Bréfritari: Sigríður Pálsdóttir
Viðtakandi: Páll Pálsson
Dagsetning: A-1844-11-03
Skrifað á: Síðumúla  Mýr.
Páll var bróðir Sigríðar

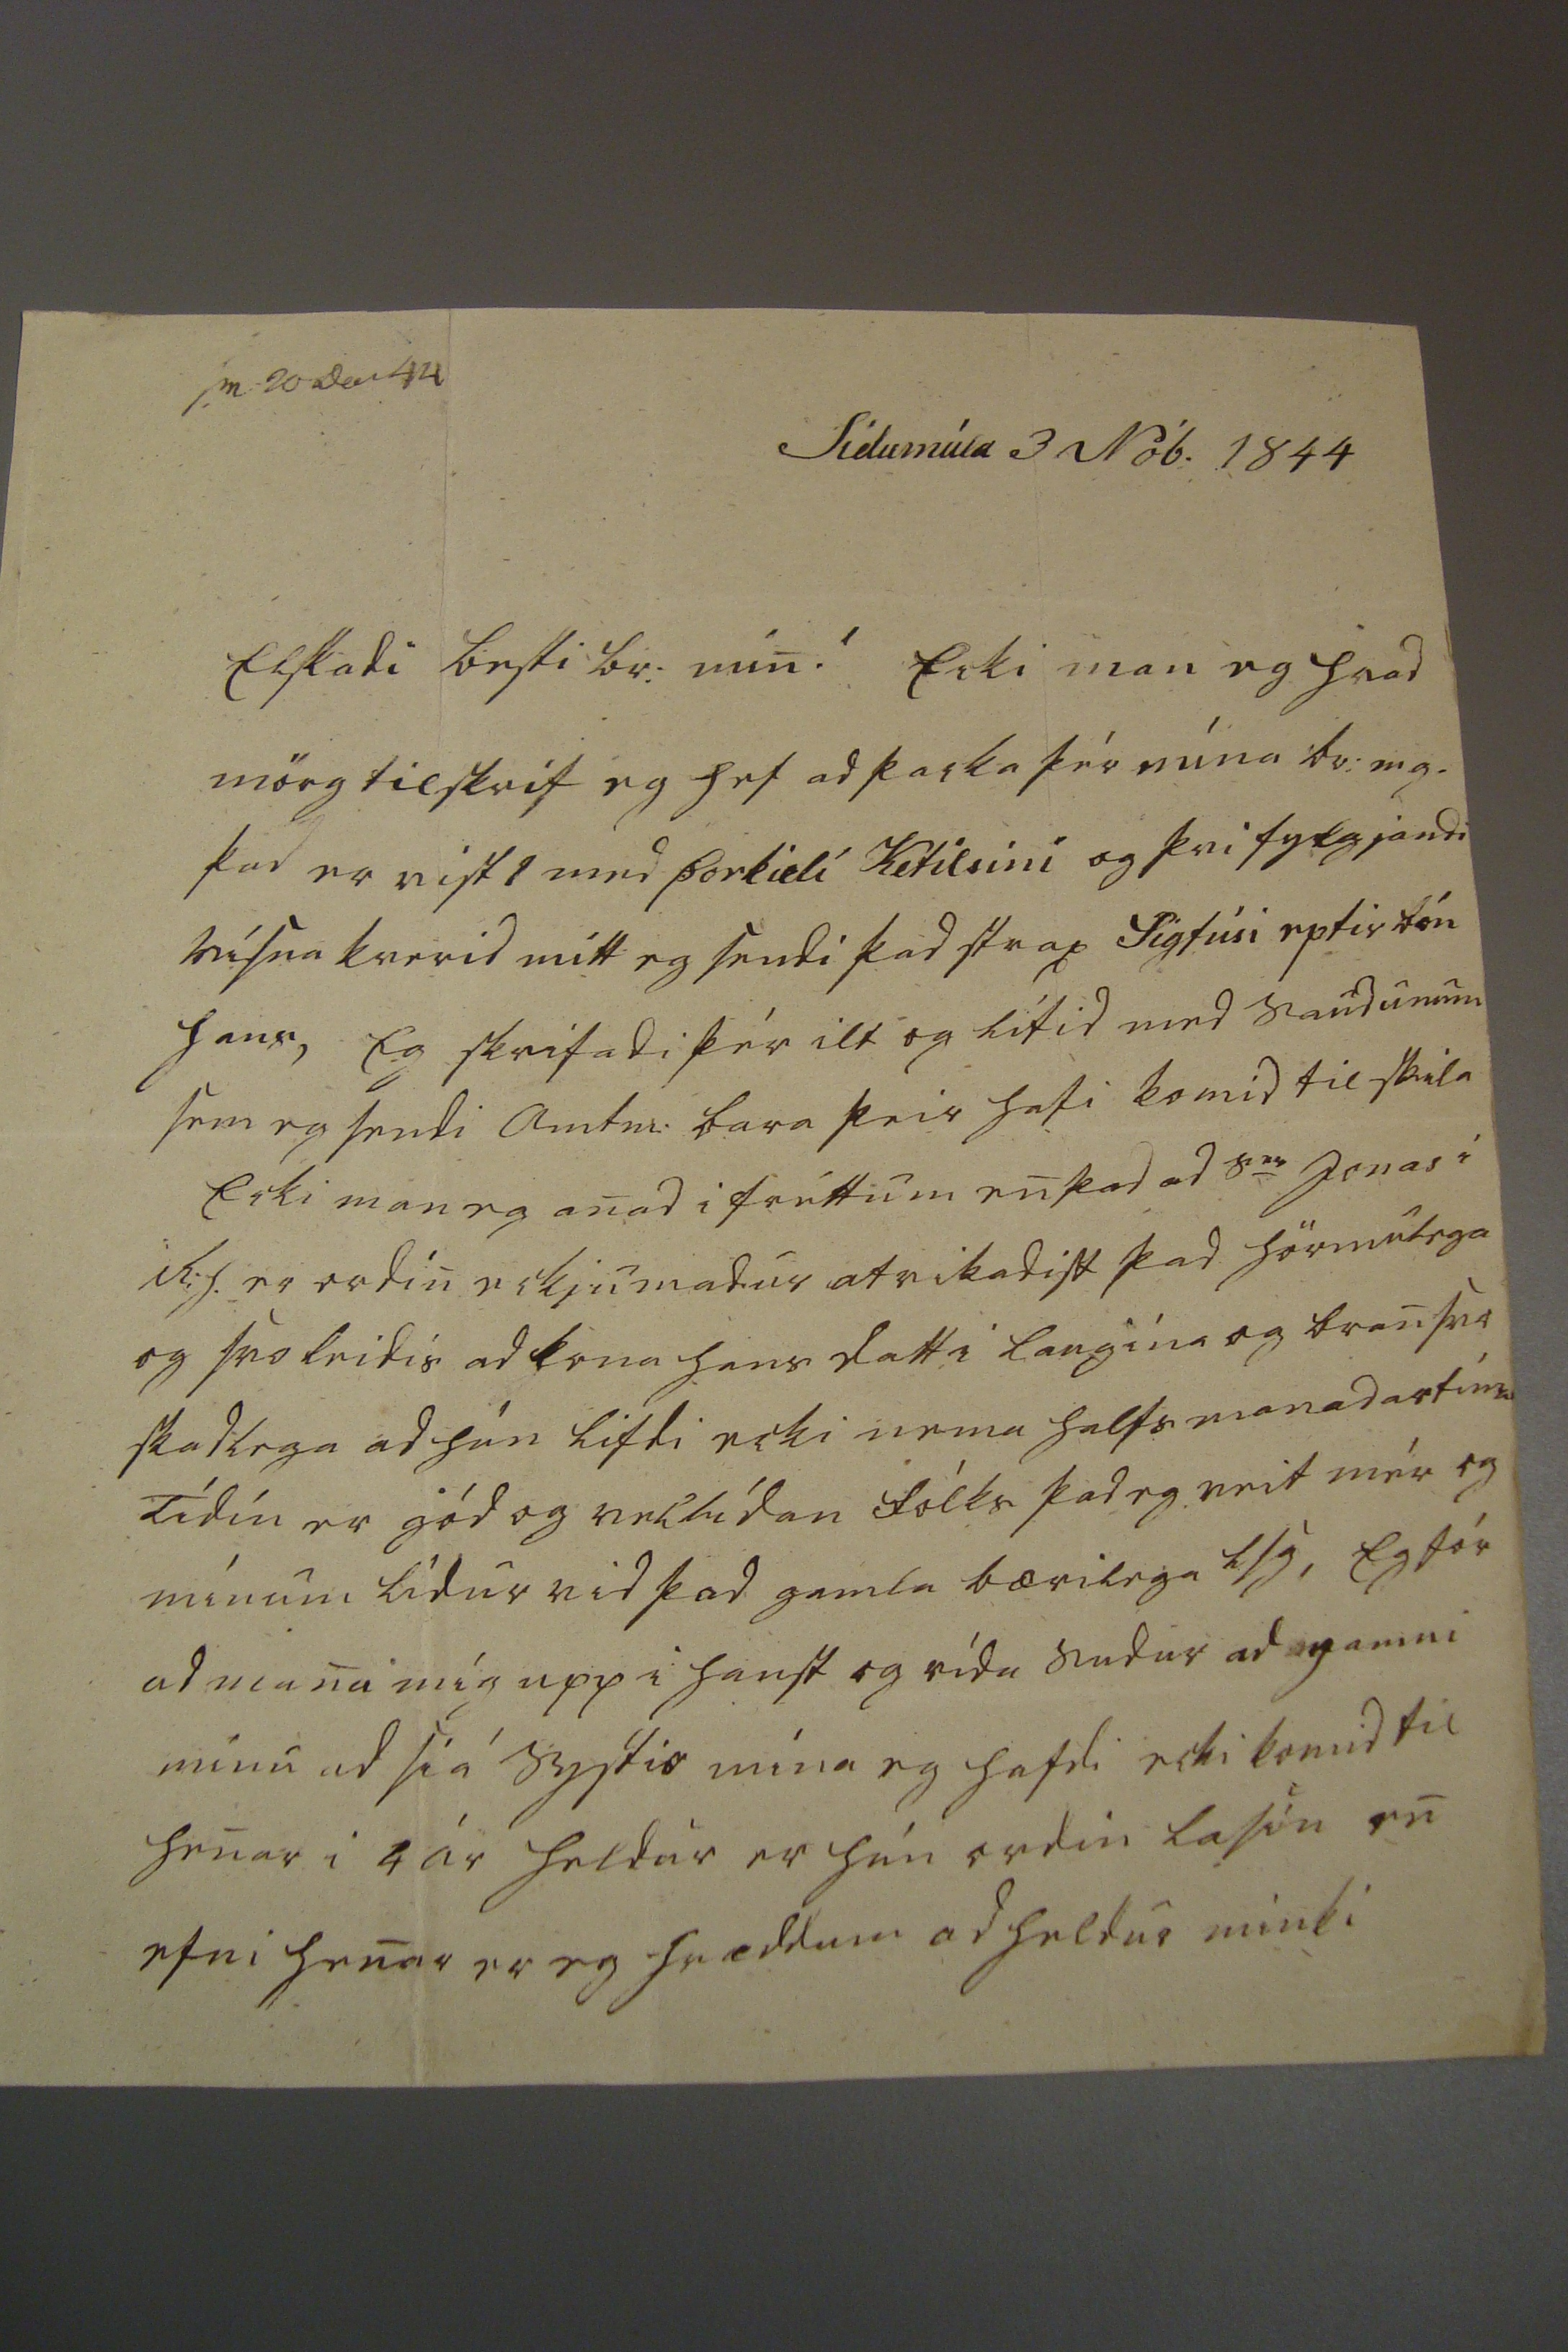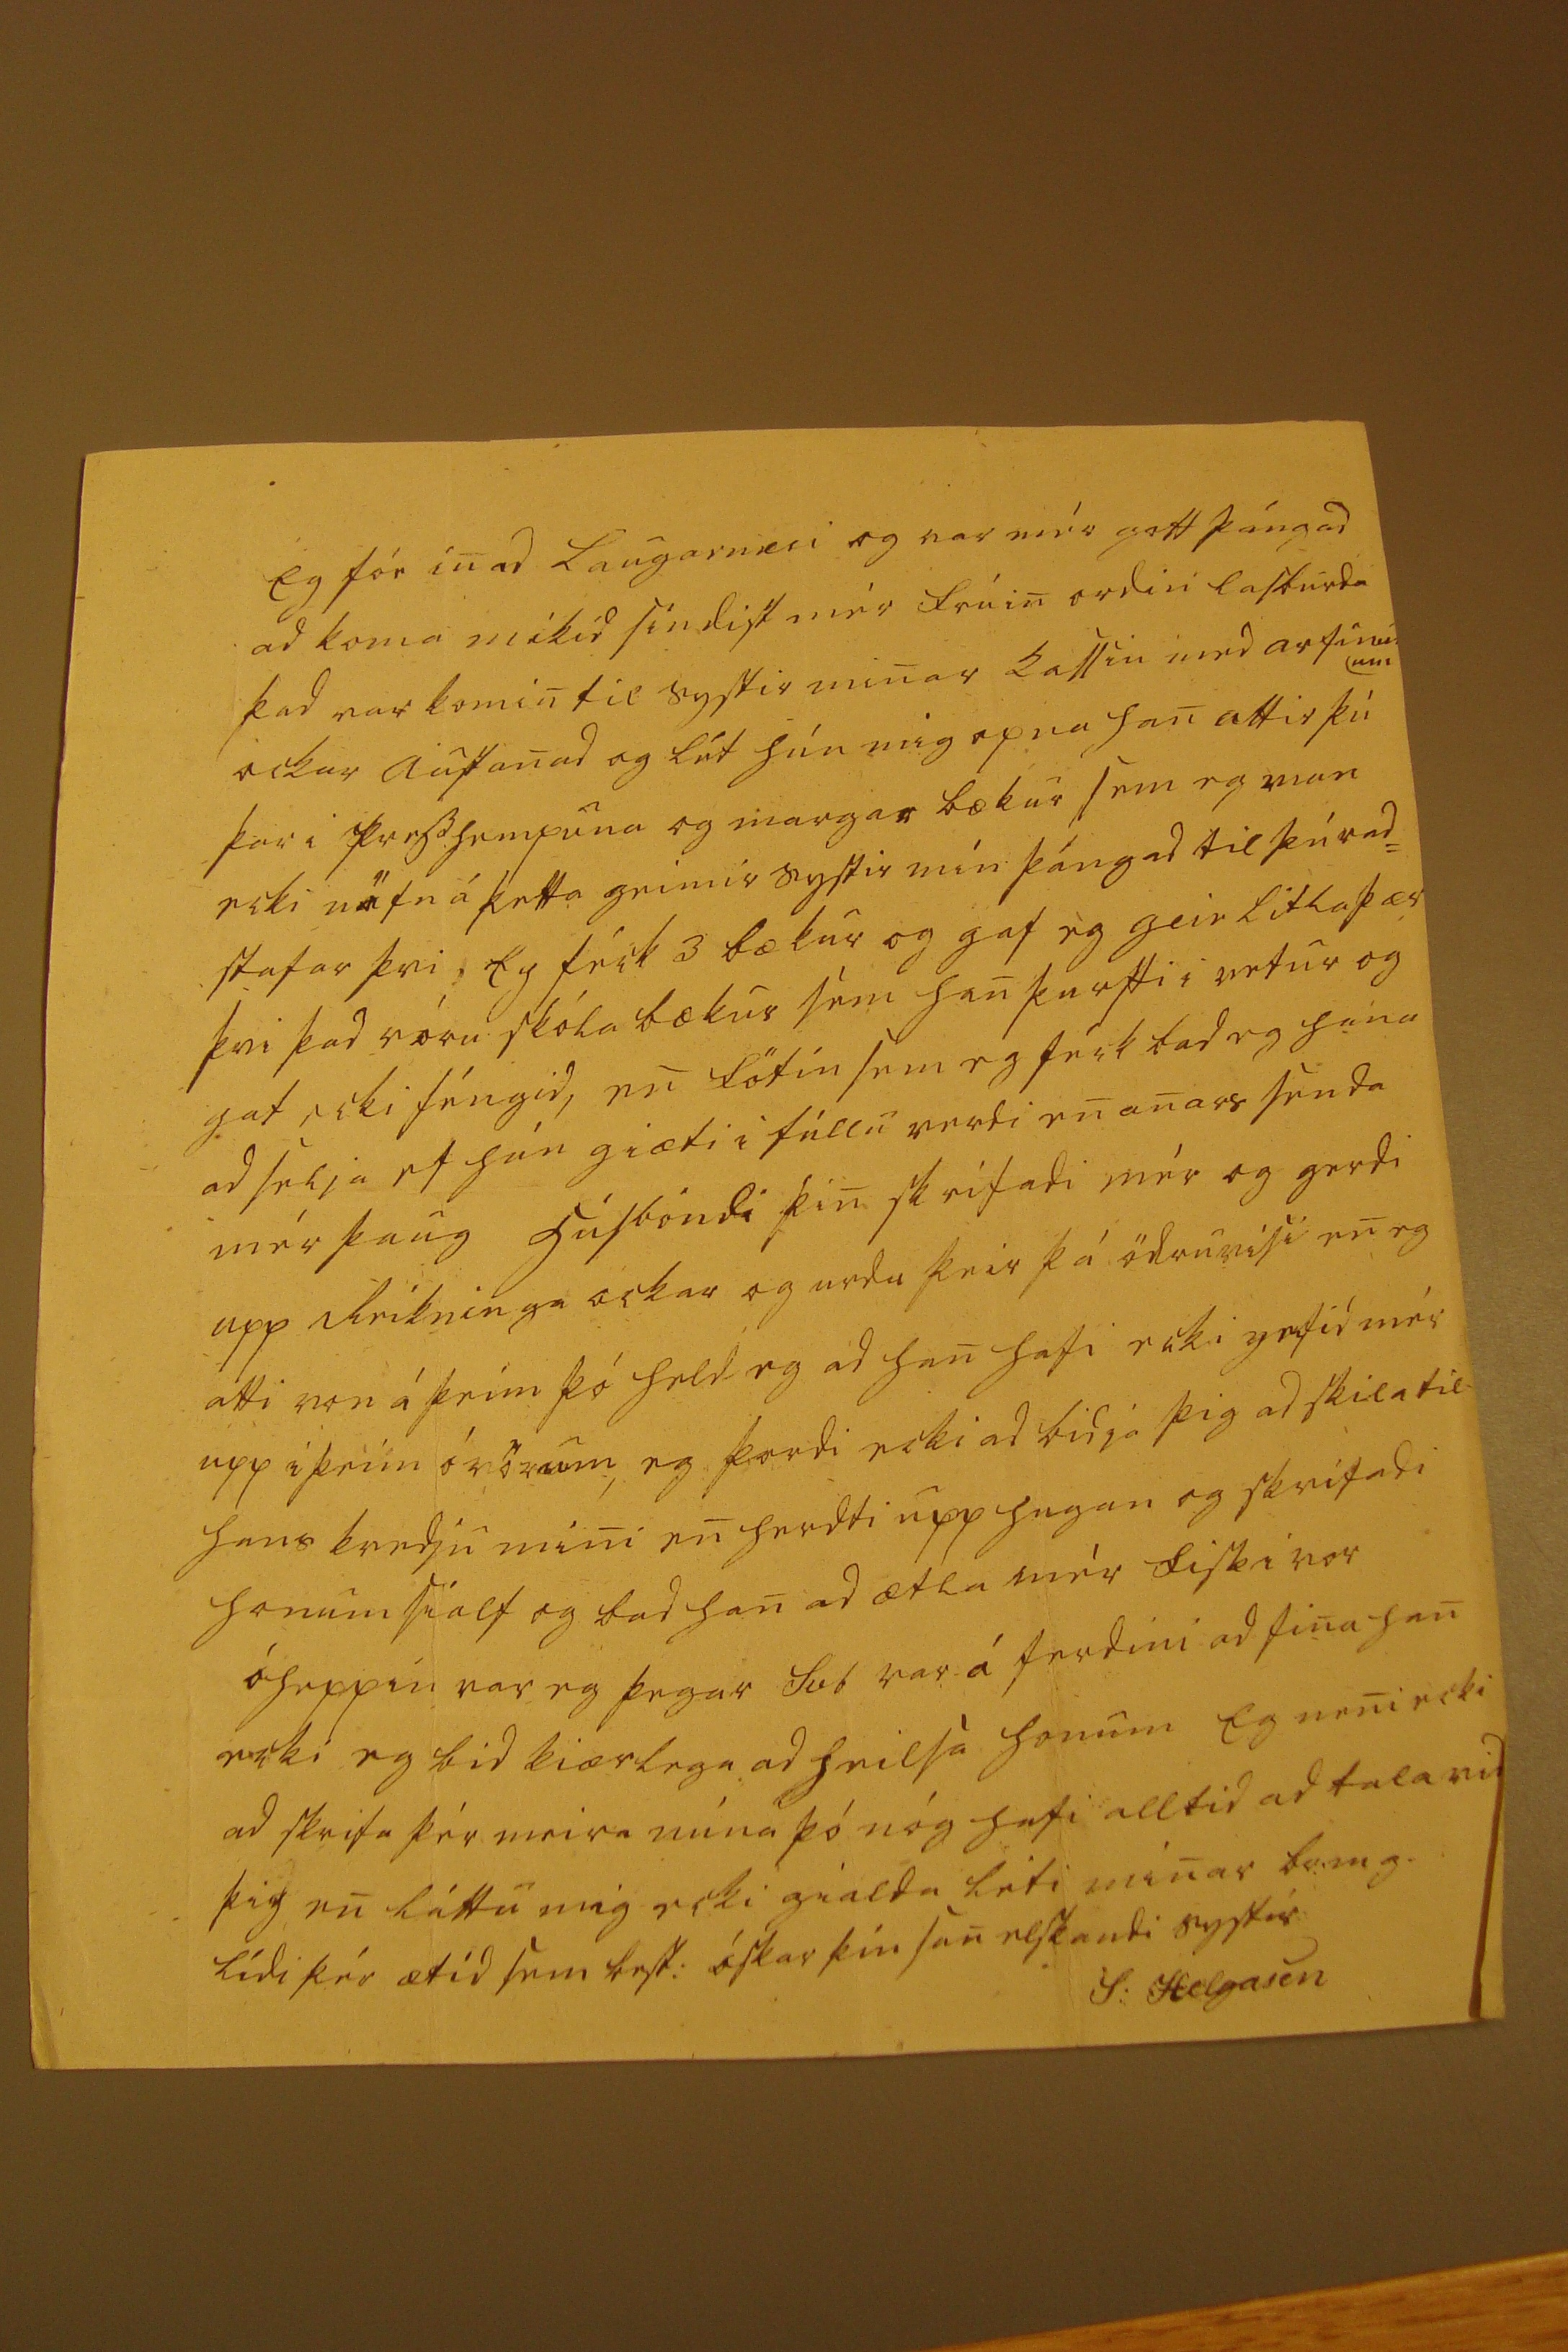

sv 20 Dec 44
Sídumúla 3 Nób. 1844
Elskadi besti br: min! Ecki man eg hvad mörg tilskrif eg hef ad þacka þér núna br:m.g. þad er vist 1 med Þorkieli Ketilsini og þvi fylgjandi vísna kverid mitt eg sendi þad strax Sigfúsi eptir bón hans, Eg skrifadi þér ilt og lítid med saudunum sem eg sendi amtm: bara þeir hafi komid til skila Ecki man eg anad i fréttum en þad ad S
er
Jonas i R:h. er ordin eckjumadur atvikadist þad hörmulega og svo leidis ad kona hans datt i laugina og bran svo skadlega ad hún lifdi ecki nema halfs manadartíma Tídin er gód og vellídan fólks þad eg veit mér og mínum lídur vid þad gamla bærilega lsg, Eg fór ad mana mig upp i haust og rída sudur ad gamni mínu ad siá systir mína eg hafdi ecki komid til henar i 4 ár heldur er hún ordin lasin en efni henar er eg hræddum ad heldur minki
Eg fór in ad Laugarnesi og var mér gott þángad ad koma mikid síndist mér frúin ordin lasburda þad var komin til systir minar kallin med arfinum ockar austanad og lét hún mig opna han attir þú þar i presshempuna og margar bækur sem eg man ecki nöfn á þetta geimir systir mín þángad til þú rad= stafar þvi, Eg féck 3 bækur og gaf eg geir litla þær þvi þad vóru skólabækur sem han þurfti i vetur og gat ecki féngid, en Fötin sem eg féck bad eg hana ad selja ef hún giæti i fúllu verdi en anars senda mér þaug húsbóndi þin skrifadi mér og gerdi upp Reikninga ockar og urdu þeir þá ödruvísi en eg atti von á þeim þó held eg ad han hafi ecki
y0fid
mér upp i þeim óvörum, eg þordi ecki ad bidja þig ad skila til hans kvedju mini en herdti upp hugan og skrifadi honum sialf og bad han ad ætla mér fisk i vor óheppin var eg þegar Svb var á ferdini ad fina han ecki eg bid kiærlega ad heilsa honum Eg neni ecki ad skrifa þér meira núna þó nóg hafi alltid ad tala vid þig en láttu mig ecki gialda leti minar br.m g. lídi þér ætíd sem best: óskar þín san elskandi systir
S: Helgasen